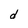
Character: d